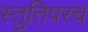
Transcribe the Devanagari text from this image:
स्तुतिपरच